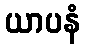
ယာပနံ